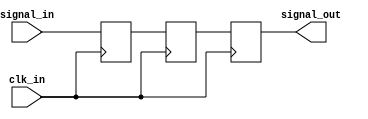
module three_flop_synchronizer (
    input wire signal_in,
    input wire clk_in,
    output reg signal_out
);

reg signal_sync1, signal_sync2;

always @(posedge clk_in) begin
    signal_sync1 <= signal_in;
    signal_sync2 <= signal_sync1;
    signal_out <= signal_sync2;
end

endmodule